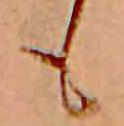
も